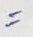
=